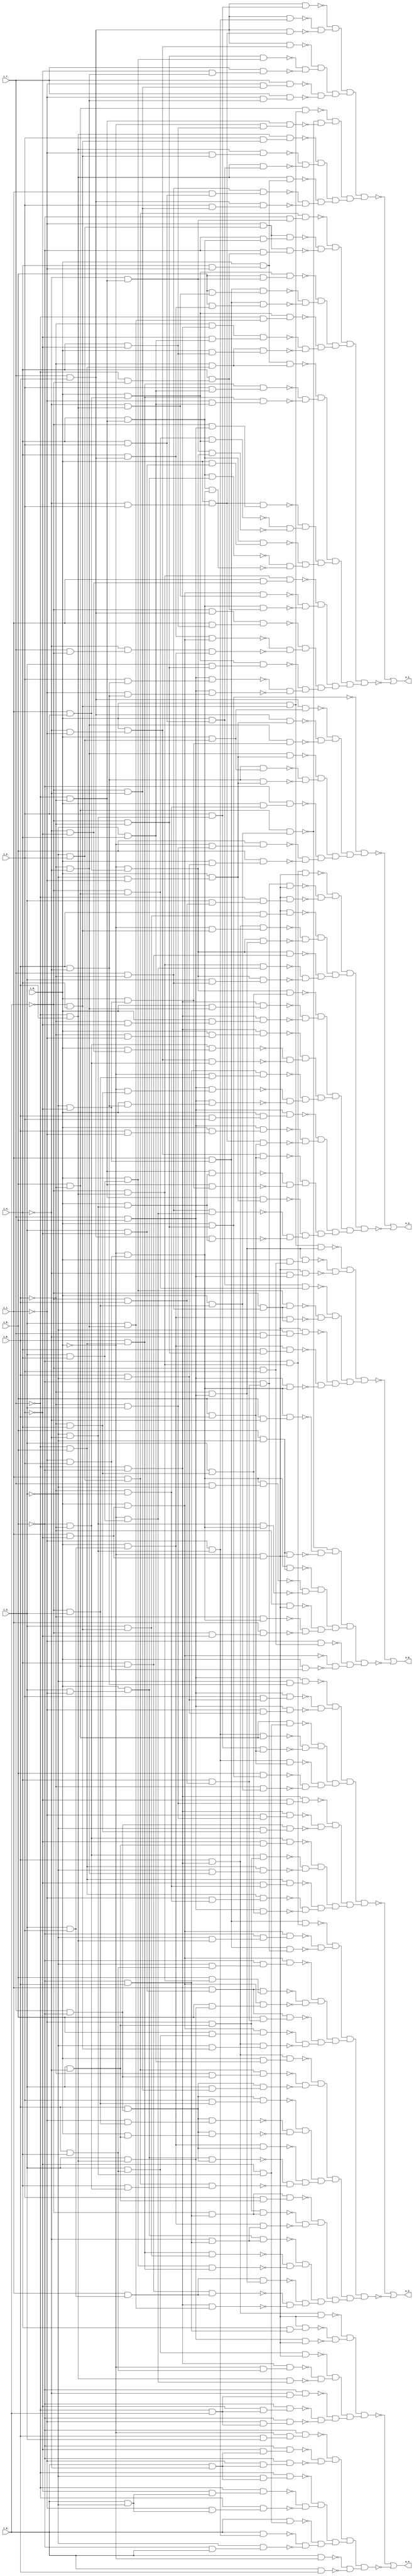
module top ( 
    i_7_, i_8_, i_5_, i_6_, i_3_, i_4_, i_1_, i_2_, i_0_,
    o_1_, o_2_, o_0_, o_3_, o_4_  );
  input  i_7_, i_8_, i_5_, i_6_, i_3_, i_4_, i_1_, i_2_, i_0_;
  output o_1_, o_2_, o_0_, o_3_, o_4_;
  wire new_n15_, new_n16_, new_n17_, new_n18_, new_n19_, new_n20_, new_n21_,
    new_n22_, new_n23_, new_n24_, new_n25_, new_n26_, new_n27_, new_n28_,
    new_n29_, new_n30_, new_n31_, new_n32_, new_n33_, new_n34_, new_n35_,
    new_n36_, new_n37_, new_n38_, new_n39_, new_n40_, new_n41_, new_n42_,
    new_n43_, new_n44_, new_n45_, new_n46_, new_n47_, new_n48_, new_n49_,
    new_n50_, new_n51_, new_n52_, new_n53_, new_n54_, new_n55_, new_n56_,
    new_n57_, new_n58_, new_n59_, new_n60_, new_n61_, new_n62_, new_n63_,
    new_n64_, new_n65_, new_n66_, new_n67_, new_n68_, new_n69_, new_n70_,
    new_n71_, new_n72_, new_n73_, new_n74_, new_n75_, new_n76_, new_n77_,
    new_n78_, new_n79_, new_n80_, new_n81_, new_n82_, new_n83_, new_n84_,
    new_n85_, new_n86_, new_n87_, new_n88_, new_n89_, new_n90_, new_n91_,
    new_n92_, new_n93_, new_n94_, new_n95_, new_n96_, new_n97_, new_n98_,
    new_n99_, new_n100_, new_n101_, new_n102_, new_n103_, new_n104_,
    new_n105_, new_n106_, new_n107_, new_n108_, new_n109_, new_n110_,
    new_n111_, new_n112_, new_n113_, new_n114_, new_n115_, new_n116_,
    new_n117_, new_n118_, new_n119_, new_n120_, new_n121_, new_n122_,
    new_n123_, new_n124_, new_n125_, new_n126_, new_n127_, new_n128_,
    new_n129_, new_n130_, new_n131_, new_n132_, new_n133_, new_n134_,
    new_n135_, new_n136_, new_n137_, new_n138_, new_n139_, new_n140_,
    new_n141_, new_n142_, new_n143_, new_n144_, new_n145_, new_n146_,
    new_n147_, new_n148_, new_n149_, new_n150_, new_n151_, new_n152_,
    new_n153_, new_n154_, new_n155_, new_n156_, new_n157_, new_n158_,
    new_n159_, new_n160_, new_n161_, new_n162_, new_n163_, new_n164_,
    new_n165_, new_n166_, new_n167_, new_n168_, new_n169_, new_n170_,
    new_n171_, new_n172_, new_n173_, new_n174_, new_n175_, new_n176_,
    new_n177_, new_n178_, new_n179_, new_n180_, new_n181_, new_n182_,
    new_n183_, new_n184_, new_n185_, new_n186_, new_n187_, new_n188_,
    new_n189_, new_n190_, new_n192_, new_n193_, new_n194_, new_n195_,
    new_n196_, new_n197_, new_n198_, new_n199_, new_n200_, new_n201_,
    new_n202_, new_n203_, new_n204_, new_n205_, new_n206_, new_n207_,
    new_n208_, new_n209_, new_n210_, new_n211_, new_n212_, new_n213_,
    new_n214_, new_n215_, new_n216_, new_n217_, new_n218_, new_n219_,
    new_n220_, new_n221_, new_n222_, new_n223_, new_n224_, new_n225_,
    new_n226_, new_n227_, new_n228_, new_n229_, new_n230_, new_n231_,
    new_n232_, new_n233_, new_n234_, new_n235_, new_n236_, new_n237_,
    new_n238_, new_n239_, new_n240_, new_n241_, new_n242_, new_n243_,
    new_n244_, new_n245_, new_n246_, new_n247_, new_n248_, new_n249_,
    new_n250_, new_n251_, new_n252_, new_n253_, new_n254_, new_n255_,
    new_n256_, new_n257_, new_n258_, new_n259_, new_n260_, new_n261_,
    new_n262_, new_n263_, new_n264_, new_n265_, new_n266_, new_n267_,
    new_n268_, new_n269_, new_n270_, new_n271_, new_n272_, new_n273_,
    new_n274_, new_n275_, new_n276_, new_n277_, new_n278_, new_n279_,
    new_n280_, new_n281_, new_n282_, new_n283_, new_n284_, new_n285_,
    new_n286_, new_n287_, new_n288_, new_n289_, new_n290_, new_n291_,
    new_n292_, new_n293_, new_n294_, new_n295_, new_n296_, new_n297_,
    new_n298_, new_n299_, new_n300_, new_n301_, new_n302_, new_n303_,
    new_n304_, new_n305_, new_n306_, new_n307_, new_n308_, new_n309_,
    new_n310_, new_n311_, new_n312_, new_n313_, new_n314_, new_n315_,
    new_n316_, new_n317_, new_n318_, new_n319_, new_n320_, new_n321_,
    new_n322_, new_n323_, new_n324_, new_n325_, new_n326_, new_n327_,
    new_n328_, new_n329_, new_n330_, new_n331_, new_n332_, new_n333_,
    new_n334_, new_n335_, new_n337_, new_n338_, new_n339_, new_n340_,
    new_n341_, new_n342_, new_n343_, new_n344_, new_n345_, new_n346_,
    new_n347_, new_n348_, new_n349_, new_n350_, new_n351_, new_n352_,
    new_n353_, new_n354_, new_n355_, new_n356_, new_n357_, new_n358_,
    new_n359_, new_n360_, new_n361_, new_n362_, new_n363_, new_n364_,
    new_n365_, new_n366_, new_n367_, new_n368_, new_n369_, new_n370_,
    new_n371_, new_n372_, new_n373_, new_n374_, new_n375_, new_n376_,
    new_n377_, new_n378_, new_n379_, new_n380_, new_n381_, new_n382_,
    new_n383_, new_n384_, new_n385_, new_n386_, new_n388_, new_n389_,
    new_n390_, new_n391_, new_n392_, new_n393_, new_n394_, new_n395_,
    new_n396_, new_n397_, new_n398_, new_n399_, new_n400_, new_n401_,
    new_n402_, new_n403_, new_n404_, new_n405_, new_n406_, new_n407_,
    new_n408_, new_n409_, new_n410_, new_n411_, new_n412_, new_n413_,
    new_n414_, new_n415_, new_n416_, new_n417_, new_n418_, new_n419_,
    new_n420_, new_n421_, new_n422_, new_n423_, new_n424_, new_n425_,
    new_n426_, new_n427_, new_n428_, new_n429_, new_n430_, new_n431_,
    new_n432_, new_n433_, new_n434_, new_n435_, new_n436_, new_n437_,
    new_n438_, new_n439_, new_n440_, new_n441_, new_n442_, new_n443_,
    new_n444_, new_n445_, new_n446_, new_n447_, new_n448_, new_n449_,
    new_n450_, new_n451_, new_n452_, new_n453_, new_n454_, new_n455_,
    new_n456_, new_n457_, new_n458_, new_n459_, new_n460_, new_n461_,
    new_n462_, new_n463_, new_n464_, new_n465_, new_n466_, new_n467_,
    new_n468_, new_n469_, new_n470_, new_n471_, new_n472_, new_n473_,
    new_n474_, new_n475_, new_n476_, new_n477_, new_n478_, new_n479_,
    new_n480_, new_n481_, new_n482_, new_n483_, new_n484_, new_n485_,
    new_n487_, new_n488_, new_n489_, new_n490_, new_n491_, new_n492_,
    new_n493_, new_n494_, new_n495_, new_n496_, new_n497_, new_n498_,
    new_n499_, new_n500_, new_n501_, new_n502_, new_n503_, new_n504_,
    new_n505_, new_n506_, new_n507_, new_n508_, new_n509_, new_n510_,
    new_n511_, new_n512_, new_n513_, new_n514_, new_n515_, new_n516_,
    new_n517_, new_n518_, new_n519_, new_n520_, new_n521_, new_n522_,
    new_n523_, new_n524_, new_n525_, new_n526_, new_n527_, new_n528_,
    new_n529_, new_n530_, new_n531_, new_n532_, new_n533_, new_n534_,
    new_n535_, new_n536_, new_n537_, new_n538_, new_n539_, new_n540_;
  assign new_n15_ = ~i_5_ & ~i_6_;
  assign new_n16_ = i_3_ & i_4_;
  assign new_n17_ = i_0_ & new_n16_;
  assign new_n18_ = new_n15_ & new_n17_;
  assign new_n19_ = ~i_6_ & ~i_4_;
  assign new_n20_ = ~i_2_ & new_n19_;
  assign new_n21_ = i_7_ & new_n20_;
  assign new_n22_ = i_7_ & i_6_;
  assign new_n23_ = ~i_4_ & ~i_1_;
  assign new_n24_ = i_0_ & new_n23_;
  assign new_n25_ = new_n22_ & new_n24_;
  assign new_n26_ = ~new_n18_ & ~new_n21_;
  assign new_n27_ = ~new_n25_ & new_n26_;
  assign new_n28_ = ~i_5_ & ~i_4_;
  assign new_n29_ = ~i_1_ & new_n28_;
  assign new_n30_ = i_7_ & new_n29_;
  assign new_n31_ = ~i_1_ & new_n19_;
  assign new_n32_ = i_7_ & new_n31_;
  assign new_n33_ = ~new_n30_ & ~new_n32_;
  assign new_n34_ = ~i_3_ & ~i_4_;
  assign new_n35_ = ~i_1_ & new_n34_;
  assign new_n36_ = new_n22_ & new_n35_;
  assign new_n37_ = ~i_4_ & i_2_;
  assign new_n38_ = i_0_ & new_n37_;
  assign new_n39_ = new_n22_ & new_n38_;
  assign new_n40_ = i_2_ & new_n34_;
  assign new_n41_ = new_n22_ & new_n40_;
  assign new_n42_ = ~new_n36_ & ~new_n39_;
  assign new_n43_ = ~new_n41_ & new_n42_;
  assign new_n44_ = new_n27_ & new_n33_;
  assign new_n45_ = new_n43_ & new_n44_;
  assign new_n46_ = ~i_7_ & i_6_;
  assign new_n47_ = ~i_5_ & i_4_;
  assign new_n48_ = ~i_1_ & new_n47_;
  assign new_n49_ = new_n46_ & new_n48_;
  assign new_n50_ = i_4_ & i_2_;
  assign new_n51_ = i_0_ & new_n50_;
  assign new_n52_ = new_n46_ & new_n51_;
  assign new_n53_ = i_2_ & new_n47_;
  assign new_n54_ = new_n46_ & new_n53_;
  assign new_n55_ = ~new_n49_ & ~new_n52_;
  assign new_n56_ = ~new_n54_ & new_n55_;
  assign new_n57_ = i_7_ & ~i_6_;
  assign new_n58_ = i_1_ & new_n50_;
  assign new_n59_ = new_n57_ & new_n58_;
  assign new_n60_ = i_2_ & new_n28_;
  assign new_n61_ = new_n22_ & new_n60_;
  assign new_n62_ = i_4_ & ~i_1_;
  assign new_n63_ = i_0_ & new_n62_;
  assign new_n64_ = new_n46_ & new_n63_;
  assign new_n65_ = ~new_n59_ & ~new_n61_;
  assign new_n66_ = ~new_n64_ & new_n65_;
  assign new_n67_ = i_8_ & ~i_6_;
  assign new_n68_ = ~i_5_ & i_3_;
  assign new_n69_ = i_0_ & new_n68_;
  assign new_n70_ = new_n67_ & new_n69_;
  assign new_n71_ = ~i_7_ & ~i_6_;
  assign new_n72_ = i_4_ & ~i_2_;
  assign new_n73_ = ~i_0_ & new_n72_;
  assign new_n74_ = new_n71_ & new_n73_;
  assign new_n75_ = i_0_ & new_n47_;
  assign new_n76_ = new_n67_ & new_n75_;
  assign new_n77_ = ~new_n70_ & ~new_n74_;
  assign new_n78_ = ~new_n76_ & new_n77_;
  assign new_n79_ = new_n56_ & new_n66_;
  assign new_n80_ = new_n78_ & new_n79_;
  assign new_n81_ = new_n45_ & new_n80_;
  assign new_n82_ = ~i_5_ & new_n67_;
  assign new_n83_ = i_1_ & i_2_;
  assign new_n84_ = i_0_ & new_n83_;
  assign new_n85_ = new_n82_ & new_n84_;
  assign new_n86_ = ~i_4_ & new_n71_;
  assign new_n87_ = ~i_0_ & new_n83_;
  assign new_n88_ = new_n86_ & new_n87_;
  assign new_n89_ = i_7_ & i_8_;
  assign new_n90_ = ~i_5_ & new_n89_;
  assign new_n91_ = new_n38_ & new_n90_;
  assign new_n92_ = ~new_n85_ & ~new_n88_;
  assign new_n93_ = ~new_n91_ & new_n92_;
  assign new_n94_ = i_4_ & new_n71_;
  assign new_n95_ = i_3_ & ~i_1_;
  assign new_n96_ = i_0_ & new_n95_;
  assign new_n97_ = new_n94_ & new_n96_;
  assign new_n98_ = ~i_1_ & i_2_;
  assign new_n99_ = ~i_0_ & new_n98_;
  assign new_n100_ = new_n94_ & new_n99_;
  assign new_n101_ = i_3_ & ~i_2_;
  assign new_n102_ = i_0_ & new_n101_;
  assign new_n103_ = new_n94_ & new_n102_;
  assign new_n104_ = ~new_n97_ & ~new_n100_;
  assign new_n105_ = ~new_n103_ & new_n104_;
  assign new_n106_ = ~i_7_ & i_8_;
  assign new_n107_ = i_6_ & new_n106_;
  assign new_n108_ = ~i_3_ & i_4_;
  assign new_n109_ = i_2_ & new_n108_;
  assign new_n110_ = new_n107_ & new_n109_;
  assign new_n111_ = ~i_1_ & new_n108_;
  assign new_n112_ = new_n107_ & new_n111_;
  assign new_n113_ = ~i_6_ & new_n106_;
  assign new_n114_ = new_n63_ & new_n113_;
  assign new_n115_ = ~new_n110_ & ~new_n112_;
  assign new_n116_ = ~new_n114_ & new_n115_;
  assign new_n117_ = new_n93_ & new_n105_;
  assign new_n118_ = new_n116_ & new_n117_;
  assign new_n119_ = i_4_ & new_n22_;
  assign new_n120_ = i_1_ & ~i_2_;
  assign new_n121_ = i_0_ & new_n120_;
  assign new_n122_ = new_n119_ & new_n121_;
  assign new_n123_ = i_7_ & ~i_5_;
  assign new_n124_ = ~i_4_ & new_n123_;
  assign new_n125_ = i_3_ & i_2_;
  assign new_n126_ = i_0_ & new_n125_;
  assign new_n127_ = new_n124_ & new_n126_;
  assign new_n128_ = ~i_5_ & new_n22_;
  assign new_n129_ = i_1_ & new_n72_;
  assign new_n130_ = new_n128_ & new_n129_;
  assign new_n131_ = ~new_n122_ & ~new_n127_;
  assign new_n132_ = ~new_n130_ & new_n131_;
  assign new_n133_ = i_6_ & ~i_4_;
  assign new_n134_ = i_2_ & new_n133_;
  assign new_n135_ = new_n89_ & new_n134_;
  assign new_n136_ = ~i_1_ & new_n133_;
  assign new_n137_ = new_n89_ & new_n136_;
  assign new_n138_ = i_3_ & new_n15_;
  assign new_n139_ = new_n84_ & new_n138_;
  assign new_n140_ = ~new_n135_ & ~new_n137_;
  assign new_n141_ = ~new_n139_ & new_n140_;
  assign new_n142_ = ~i_4_ & new_n46_;
  assign new_n143_ = new_n121_ & new_n142_;
  assign new_n144_ = ~i_7_ & ~i_5_;
  assign new_n145_ = i_4_ & new_n144_;
  assign new_n146_ = new_n99_ & new_n145_;
  assign new_n147_ = ~i_5_ & new_n46_;
  assign new_n148_ = ~i_4_ & ~i_2_;
  assign new_n149_ = i_1_ & new_n148_;
  assign new_n150_ = new_n147_ & new_n149_;
  assign new_n151_ = ~new_n143_ & ~new_n146_;
  assign new_n152_ = ~new_n150_ & new_n151_;
  assign new_n153_ = new_n132_ & new_n141_;
  assign new_n154_ = new_n152_ & new_n153_;
  assign new_n155_ = ~i_3_ & ~i_2_;
  assign new_n156_ = i_1_ & new_n155_;
  assign new_n157_ = i_8_ & new_n142_;
  assign new_n158_ = new_n156_ & new_n157_;
  assign new_n159_ = i_8_ & new_n119_;
  assign new_n160_ = new_n156_ & new_n159_;
  assign new_n161_ = i_8_ & new_n86_;
  assign new_n162_ = new_n84_ & new_n161_;
  assign new_n163_ = ~new_n158_ & ~new_n160_;
  assign new_n164_ = ~new_n162_ & new_n163_;
  assign new_n165_ = ~i_7_ & ~i_8_;
  assign new_n166_ = ~i_6_ & new_n165_;
  assign new_n167_ = ~i_2_ & new_n108_;
  assign new_n168_ = new_n166_ & new_n167_;
  assign new_n169_ = i_0_ & new_n72_;
  assign new_n170_ = new_n113_ & new_n169_;
  assign new_n171_ = i_3_ & new_n19_;
  assign new_n172_ = ~i_7_ & new_n171_;
  assign new_n173_ = new_n84_ & new_n172_;
  assign new_n174_ = ~new_n168_ & ~new_n170_;
  assign new_n175_ = ~new_n173_ & new_n174_;
  assign new_n176_ = ~i_3_ & i_2_;
  assign new_n177_ = ~i_1_ & new_n176_;
  assign new_n178_ = ~i_8_ & new_n94_;
  assign new_n179_ = new_n177_ & new_n178_;
  assign new_n180_ = ~i_8_ & new_n145_;
  assign new_n181_ = new_n177_ & new_n180_;
  assign new_n182_ = i_1_ & new_n176_;
  assign new_n183_ = ~i_8_ & new_n86_;
  assign new_n184_ = new_n182_ & new_n183_;
  assign new_n185_ = ~new_n179_ & ~new_n181_;
  assign new_n186_ = ~new_n184_ & new_n185_;
  assign new_n187_ = new_n164_ & new_n175_;
  assign new_n188_ = new_n186_ & new_n187_;
  assign new_n189_ = new_n118_ & new_n154_;
  assign new_n190_ = new_n188_ & new_n189_;
  assign o_1_ = ~new_n81_ | ~new_n190_;
  assign new_n192_ = new_n35_ & new_n67_;
  assign new_n193_ = i_8_ & i_6_;
  assign new_n194_ = new_n40_ & new_n193_;
  assign new_n195_ = ~i_2_ & new_n34_;
  assign new_n196_ = new_n67_ & new_n195_;
  assign new_n197_ = ~new_n192_ & ~new_n194_;
  assign new_n198_ = ~new_n196_ & new_n197_;
  assign new_n199_ = i_0_ & new_n15_;
  assign new_n200_ = i_8_ & new_n199_;
  assign new_n201_ = ~i_6_ & new_n69_;
  assign new_n202_ = new_n35_ & new_n193_;
  assign new_n203_ = ~new_n200_ & ~new_n201_;
  assign new_n204_ = ~new_n202_ & new_n203_;
  assign new_n205_ = i_6_ & ~i_3_;
  assign new_n206_ = i_2_ & new_n205_;
  assign new_n207_ = new_n89_ & new_n206_;
  assign new_n208_ = ~i_1_ & new_n205_;
  assign new_n209_ = new_n89_ & new_n208_;
  assign new_n210_ = ~i_3_ & new_n133_;
  assign new_n211_ = new_n89_ & new_n210_;
  assign new_n212_ = ~new_n207_ & ~new_n209_;
  assign new_n213_ = ~new_n211_ & new_n212_;
  assign new_n214_ = new_n198_ & new_n204_;
  assign new_n215_ = new_n213_ & new_n214_;
  assign new_n216_ = ~i_8_ & ~i_6_;
  assign new_n217_ = i_3_ & ~i_4_;
  assign new_n218_ = ~i_1_ & new_n217_;
  assign new_n219_ = new_n216_ & new_n218_;
  assign new_n220_ = ~i_3_ & new_n19_;
  assign new_n221_ = new_n106_ & new_n220_;
  assign new_n222_ = ~i_2_ & new_n217_;
  assign new_n223_ = new_n216_ & new_n222_;
  assign new_n224_ = ~new_n219_ & ~new_n221_;
  assign new_n225_ = ~new_n223_ & new_n224_;
  assign new_n226_ = ~i_6_ & ~i_3_;
  assign new_n227_ = ~i_1_ & new_n226_;
  assign new_n228_ = new_n106_ & new_n227_;
  assign new_n229_ = ~i_6_ & i_4_;
  assign new_n230_ = i_3_ & new_n229_;
  assign new_n231_ = new_n89_ & new_n230_;
  assign new_n232_ = ~i_2_ & new_n226_;
  assign new_n233_ = new_n106_ & new_n232_;
  assign new_n234_ = ~new_n228_ & ~new_n231_;
  assign new_n235_ = ~new_n233_ & new_n234_;
  assign new_n236_ = ~i_6_ & i_3_;
  assign new_n237_ = ~i_1_ & new_n236_;
  assign new_n238_ = new_n165_ & new_n237_;
  assign new_n239_ = i_7_ & ~i_8_;
  assign new_n240_ = ~i_3_ & new_n229_;
  assign new_n241_ = new_n239_ & new_n240_;
  assign new_n242_ = ~i_2_ & new_n236_;
  assign new_n243_ = new_n165_ & new_n242_;
  assign new_n244_ = ~new_n238_ & ~new_n241_;
  assign new_n245_ = ~new_n243_ & new_n244_;
  assign new_n246_ = new_n225_ & new_n235_;
  assign new_n247_ = new_n245_ & new_n246_;
  assign new_n248_ = new_n215_ & new_n247_;
  assign new_n249_ = i_6_ & new_n239_;
  assign new_n250_ = ~i_1_ & new_n68_;
  assign new_n251_ = new_n249_ & new_n250_;
  assign new_n252_ = i_0_ & new_n217_;
  assign new_n253_ = new_n249_ & new_n252_;
  assign new_n254_ = i_2_ & new_n68_;
  assign new_n255_ = new_n249_ & new_n254_;
  assign new_n256_ = ~new_n251_ & ~new_n253_;
  assign new_n257_ = ~new_n255_ & new_n256_;
  assign new_n258_ = new_n96_ & new_n249_;
  assign new_n259_ = i_4_ & new_n216_;
  assign new_n260_ = new_n182_ & new_n259_;
  assign new_n261_ = new_n126_ & new_n249_;
  assign new_n262_ = ~new_n258_ & ~new_n260_;
  assign new_n263_ = ~new_n261_ & new_n262_;
  assign new_n264_ = ~i_6_ & new_n239_;
  assign new_n265_ = new_n182_ & new_n264_;
  assign new_n266_ = i_3_ & new_n28_;
  assign new_n267_ = new_n249_ & new_n266_;
  assign new_n268_ = i_6_ & new_n165_;
  assign new_n269_ = i_0_ & new_n108_;
  assign new_n270_ = new_n268_ & new_n269_;
  assign new_n271_ = ~new_n265_ & ~new_n267_;
  assign new_n272_ = ~new_n270_ & new_n271_;
  assign new_n273_ = new_n257_ & new_n263_;
  assign new_n274_ = new_n272_ & new_n273_;
  assign new_n275_ = i_3_ & new_n47_;
  assign new_n276_ = new_n107_ & new_n275_;
  assign new_n277_ = new_n17_ & new_n107_;
  assign new_n278_ = ~i_8_ & i_6_;
  assign new_n279_ = ~i_4_ & new_n278_;
  assign new_n280_ = new_n96_ & new_n279_;
  assign new_n281_ = ~new_n276_ & ~new_n277_;
  assign new_n282_ = ~new_n280_ & new_n281_;
  assign new_n283_ = i_4_ & new_n67_;
  assign new_n284_ = i_1_ & new_n125_;
  assign new_n285_ = new_n283_ & new_n284_;
  assign new_n286_ = new_n165_ & new_n171_;
  assign new_n287_ = ~i_6_ & new_n89_;
  assign new_n288_ = new_n284_ & new_n287_;
  assign new_n289_ = ~new_n285_ & ~new_n286_;
  assign new_n290_ = ~new_n288_ & new_n289_;
  assign new_n291_ = ~i_5_ & new_n278_;
  assign new_n292_ = new_n218_ & new_n291_;
  assign new_n293_ = new_n126_ & new_n279_;
  assign new_n294_ = i_2_ & new_n217_;
  assign new_n295_ = new_n291_ & new_n294_;
  assign new_n296_ = ~new_n292_ & ~new_n293_;
  assign new_n297_ = ~new_n295_ & new_n296_;
  assign new_n298_ = new_n282_ & new_n290_;
  assign new_n299_ = new_n297_ & new_n298_;
  assign new_n300_ = i_1_ & new_n101_;
  assign new_n301_ = i_8_ & new_n147_;
  assign new_n302_ = new_n300_ & new_n301_;
  assign new_n303_ = i_3_ & new_n46_;
  assign new_n304_ = i_8_ & new_n303_;
  assign new_n305_ = new_n121_ & new_n304_;
  assign new_n306_ = i_6_ & i_4_;
  assign new_n307_ = ~i_3_ & new_n306_;
  assign new_n308_ = ~i_8_ & new_n307_;
  assign new_n309_ = new_n121_ & new_n308_;
  assign new_n310_ = ~new_n302_ & ~new_n305_;
  assign new_n311_ = ~new_n309_ & new_n310_;
  assign new_n312_ = i_3_ & new_n306_;
  assign new_n313_ = i_8_ & new_n312_;
  assign new_n314_ = new_n121_ & new_n313_;
  assign new_n315_ = ~i_3_ & new_n47_;
  assign new_n316_ = new_n268_ & new_n315_;
  assign new_n317_ = ~i_5_ & i_6_;
  assign new_n318_ = i_4_ & new_n317_;
  assign new_n319_ = i_8_ & new_n318_;
  assign new_n320_ = new_n300_ & new_n319_;
  assign new_n321_ = ~new_n314_ & ~new_n316_;
  assign new_n322_ = ~new_n320_ & new_n321_;
  assign new_n323_ = ~i_3_ & new_n46_;
  assign new_n324_ = ~i_8_ & new_n323_;
  assign new_n325_ = new_n121_ & new_n324_;
  assign new_n326_ = ~i_8_ & new_n318_;
  assign new_n327_ = new_n156_ & new_n326_;
  assign new_n328_ = ~i_8_ & new_n147_;
  assign new_n329_ = new_n156_ & new_n328_;
  assign new_n330_ = ~new_n325_ & ~new_n327_;
  assign new_n331_ = ~new_n329_ & new_n330_;
  assign new_n332_ = new_n311_ & new_n322_;
  assign new_n333_ = new_n331_ & new_n332_;
  assign new_n334_ = new_n274_ & new_n299_;
  assign new_n335_ = new_n333_ & new_n334_;
  assign o_2_ = ~new_n248_ | ~new_n335_;
  assign new_n337_ = i_7_ & ~i_3_;
  assign new_n338_ = new_n99_ & new_n337_;
  assign new_n339_ = new_n34_ & new_n99_;
  assign new_n340_ = i_8_ & ~i_3_;
  assign new_n341_ = new_n99_ & new_n340_;
  assign new_n342_ = ~new_n338_ & ~new_n339_;
  assign new_n343_ = ~new_n341_ & new_n342_;
  assign new_n344_ = ~i_6_ & new_n99_;
  assign new_n345_ = ~i_5_ & ~i_2_;
  assign new_n346_ = i_1_ & new_n345_;
  assign new_n347_ = ~i_0_ & new_n120_;
  assign new_n348_ = ~i_6_ & new_n347_;
  assign new_n349_ = ~new_n344_ & ~new_n346_;
  assign new_n350_ = ~new_n348_ & new_n349_;
  assign new_n351_ = i_8_ & ~i_4_;
  assign new_n352_ = new_n99_ & new_n351_;
  assign new_n353_ = new_n340_ & new_n347_;
  assign new_n354_ = ~new_n352_ & ~new_n353_;
  assign new_n355_ = ~new_n70_ & new_n354_;
  assign new_n356_ = new_n343_ & new_n350_;
  assign new_n357_ = new_n355_ & new_n356_;
  assign new_n358_ = i_0_ & new_n98_;
  assign new_n359_ = ~i_5_ & i_2_;
  assign new_n360_ = ~i_1_ & new_n359_;
  assign new_n361_ = ~new_n121_ & ~new_n358_;
  assign new_n362_ = ~new_n360_ & new_n361_;
  assign new_n363_ = ~i_5_ & new_n57_;
  assign new_n364_ = new_n17_ & new_n363_;
  assign new_n365_ = new_n126_ & new_n363_;
  assign new_n366_ = new_n51_ & new_n82_;
  assign new_n367_ = ~new_n364_ & ~new_n365_;
  assign new_n368_ = ~new_n366_ & new_n367_;
  assign new_n369_ = i_4_ & new_n15_;
  assign new_n370_ = new_n126_ & new_n369_;
  assign new_n371_ = new_n89_ & new_n99_;
  assign new_n372_ = i_7_ & ~i_4_;
  assign new_n373_ = ~i_3_ & new_n372_;
  assign new_n374_ = new_n347_ & new_n373_;
  assign new_n375_ = ~new_n370_ & ~new_n371_;
  assign new_n376_ = ~new_n374_ & new_n375_;
  assign new_n377_ = i_0_ & new_n359_;
  assign new_n378_ = new_n287_ & new_n377_;
  assign new_n379_ = ~i_4_ & new_n89_;
  assign new_n380_ = new_n347_ & new_n379_;
  assign new_n381_ = new_n75_ & new_n287_;
  assign new_n382_ = ~new_n378_ & ~new_n380_;
  assign new_n383_ = ~new_n381_ & new_n382_;
  assign new_n384_ = new_n368_ & new_n376_;
  assign new_n385_ = new_n383_ & new_n384_;
  assign new_n386_ = new_n357_ & new_n362_;
  assign o_0_ = ~new_n385_ | ~new_n386_;
  assign new_n388_ = i_0_ & new_n176_;
  assign new_n389_ = new_n133_ & new_n388_;
  assign new_n390_ = ~i_3_ & ~i_1_;
  assign new_n391_ = i_0_ & new_n390_;
  assign new_n392_ = new_n133_ & new_n391_;
  assign new_n393_ = new_n19_ & new_n391_;
  assign new_n394_ = ~new_n389_ & ~new_n392_;
  assign new_n395_ = ~new_n393_ & new_n394_;
  assign new_n396_ = ~i_0_ & new_n236_;
  assign new_n397_ = i_8_ & new_n396_;
  assign new_n398_ = i_0_ & new_n205_;
  assign new_n399_ = i_8_ & new_n398_;
  assign new_n400_ = i_0_ & new_n226_;
  assign new_n401_ = ~i_8_ & new_n400_;
  assign new_n402_ = ~new_n397_ & ~new_n399_;
  assign new_n403_ = ~new_n401_ & new_n402_;
  assign new_n404_ = new_n22_ & new_n391_;
  assign new_n405_ = i_0_ & new_n155_;
  assign new_n406_ = new_n19_ & new_n405_;
  assign new_n407_ = new_n22_ & new_n388_;
  assign new_n408_ = ~new_n404_ & ~new_n406_;
  assign new_n409_ = ~new_n407_ & new_n408_;
  assign new_n410_ = new_n395_ & new_n403_;
  assign new_n411_ = new_n409_ & new_n410_;
  assign new_n412_ = ~new_n199_ & new_n411_;
  assign new_n413_ = i_0_ & new_n148_;
  assign new_n414_ = new_n216_ & new_n413_;
  assign new_n415_ = new_n24_ & new_n216_;
  assign new_n416_ = ~i_6_ & ~i_1_;
  assign new_n417_ = i_0_ & new_n416_;
  assign new_n418_ = new_n165_ & new_n417_;
  assign new_n419_ = ~new_n414_ & ~new_n415_;
  assign new_n420_ = ~new_n418_ & new_n419_;
  assign new_n421_ = ~i_0_ & new_n229_;
  assign new_n422_ = new_n89_ & new_n421_;
  assign new_n423_ = i_0_ & new_n133_;
  assign new_n424_ = new_n89_ & new_n423_;
  assign new_n425_ = ~i_0_ & new_n68_;
  assign new_n426_ = new_n278_ & new_n425_;
  assign new_n427_ = ~new_n422_ & ~new_n424_;
  assign new_n428_ = ~new_n426_ & new_n427_;
  assign new_n429_ = i_0_ & new_n19_;
  assign new_n430_ = new_n165_ & new_n429_;
  assign new_n431_ = ~i_6_ & ~i_2_;
  assign new_n432_ = i_0_ & new_n431_;
  assign new_n433_ = new_n165_ & new_n432_;
  assign new_n434_ = new_n87_ & new_n230_;
  assign new_n435_ = ~new_n430_ & ~new_n433_;
  assign new_n436_ = ~new_n434_ & new_n435_;
  assign new_n437_ = new_n420_ & new_n428_;
  assign new_n438_ = new_n436_ & new_n437_;
  assign new_n439_ = i_0_ & new_n34_;
  assign new_n440_ = new_n71_ & new_n439_;
  assign new_n441_ = new_n71_ & new_n405_;
  assign new_n442_ = new_n24_ & new_n193_;
  assign new_n443_ = ~new_n440_ & ~new_n441_;
  assign new_n444_ = ~new_n442_ & new_n443_;
  assign new_n445_ = ~i_0_ & new_n16_;
  assign new_n446_ = new_n57_ & new_n445_;
  assign new_n447_ = new_n22_ & new_n439_;
  assign new_n448_ = new_n71_ & new_n391_;
  assign new_n449_ = ~new_n446_ & ~new_n447_;
  assign new_n450_ = ~new_n448_ & new_n449_;
  assign new_n451_ = i_6_ & ~i_1_;
  assign new_n452_ = i_0_ & new_n451_;
  assign new_n453_ = new_n89_ & new_n452_;
  assign new_n454_ = new_n38_ & new_n193_;
  assign new_n455_ = i_6_ & i_2_;
  assign new_n456_ = i_0_ & new_n455_;
  assign new_n457_ = new_n89_ & new_n456_;
  assign new_n458_ = ~new_n453_ & ~new_n454_;
  assign new_n459_ = ~new_n457_ & new_n458_;
  assign new_n460_ = new_n444_ & new_n450_;
  assign new_n461_ = new_n459_ & new_n460_;
  assign new_n462_ = ~i_0_ & new_n47_;
  assign new_n463_ = new_n268_ & new_n462_;
  assign new_n464_ = new_n87_ & new_n287_;
  assign new_n465_ = i_6_ & new_n275_;
  assign new_n466_ = new_n347_ & new_n465_;
  assign new_n467_ = ~new_n463_ & ~new_n464_;
  assign new_n468_ = ~new_n466_ & new_n467_;
  assign new_n469_ = new_n147_ & new_n445_;
  assign new_n470_ = i_3_ & new_n57_;
  assign new_n471_ = new_n87_ & new_n470_;
  assign new_n472_ = new_n87_ & new_n283_;
  assign new_n473_ = ~new_n469_ & ~new_n471_;
  assign new_n474_ = ~new_n472_ & new_n473_;
  assign new_n475_ = new_n326_ & new_n347_;
  assign new_n476_ = i_3_ & new_n317_;
  assign new_n477_ = ~i_7_ & new_n476_;
  assign new_n478_ = new_n347_ & new_n477_;
  assign new_n479_ = new_n328_ & new_n347_;
  assign new_n480_ = ~new_n475_ & ~new_n478_;
  assign new_n481_ = ~new_n479_ & new_n480_;
  assign new_n482_ = new_n468_ & new_n474_;
  assign new_n483_ = new_n481_ & new_n482_;
  assign new_n484_ = new_n438_ & new_n461_;
  assign new_n485_ = new_n483_ & new_n484_;
  assign o_3_ = ~new_n412_ | ~new_n485_;
  assign new_n487_ = i_5_ & ~i_3_;
  assign new_n488_ = ~i_2_ & new_n487_;
  assign new_n489_ = ~i_7_ & new_n488_;
  assign new_n490_ = ~i_1_ & new_n487_;
  assign new_n491_ = ~i_7_ & new_n490_;
  assign new_n492_ = i_5_ & ~i_4_;
  assign new_n493_ = ~i_3_ & new_n492_;
  assign new_n494_ = ~i_7_ & new_n493_;
  assign new_n495_ = ~new_n489_ & ~new_n491_;
  assign new_n496_ = ~new_n494_ & new_n495_;
  assign new_n497_ = i_5_ & new_n35_;
  assign new_n498_ = ~i_8_ & i_5_;
  assign new_n499_ = ~i_3_ & new_n498_;
  assign new_n500_ = i_5_ & new_n195_;
  assign new_n501_ = ~new_n497_ & ~new_n499_;
  assign new_n502_ = ~new_n500_ & new_n501_;
  assign new_n503_ = ~i_2_ & new_n492_;
  assign new_n504_ = ~i_8_ & new_n503_;
  assign new_n505_ = ~i_1_ & new_n492_;
  assign new_n506_ = ~i_8_ & new_n505_;
  assign new_n507_ = i_6_ & i_3_;
  assign new_n508_ = ~i_0_ & new_n507_;
  assign new_n509_ = ~i_8_ & new_n508_;
  assign new_n510_ = ~new_n504_ & ~new_n506_;
  assign new_n511_ = ~new_n509_ & new_n510_;
  assign new_n512_ = new_n496_ & new_n502_;
  assign new_n513_ = new_n511_ & new_n512_;
  assign new_n514_ = i_5_ & ~i_0_;
  assign new_n515_ = i_5_ & i_6_;
  assign new_n516_ = ~new_n514_ & ~new_n515_;
  assign new_n517_ = ~i_0_ & new_n306_;
  assign new_n518_ = new_n165_ & new_n517_;
  assign new_n519_ = new_n46_ & new_n445_;
  assign new_n520_ = new_n312_ & new_n347_;
  assign new_n521_ = ~new_n518_ & ~new_n519_;
  assign new_n522_ = ~new_n520_ & new_n521_;
  assign new_n523_ = ~i_7_ & i_5_;
  assign new_n524_ = ~i_2_ & new_n523_;
  assign new_n525_ = ~i_8_ & new_n524_;
  assign new_n526_ = ~i_1_ & new_n523_;
  assign new_n527_ = ~i_8_ & new_n526_;
  assign new_n528_ = ~i_4_ & new_n523_;
  assign new_n529_ = ~i_8_ & new_n528_;
  assign new_n530_ = ~new_n525_ & ~new_n527_;
  assign new_n531_ = ~new_n529_ & new_n530_;
  assign new_n532_ = i_4_ & new_n278_;
  assign new_n533_ = new_n347_ & new_n532_;
  assign new_n534_ = new_n303_ & new_n347_;
  assign new_n535_ = new_n268_ & new_n347_;
  assign new_n536_ = ~new_n533_ & ~new_n534_;
  assign new_n537_ = ~new_n535_ & new_n536_;
  assign new_n538_ = new_n522_ & new_n531_;
  assign new_n539_ = new_n537_ & new_n538_;
  assign new_n540_ = new_n513_ & new_n516_;
  assign o_4_ = ~new_n539_ | ~new_n540_;
endmodule